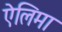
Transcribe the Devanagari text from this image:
ऐलिमा